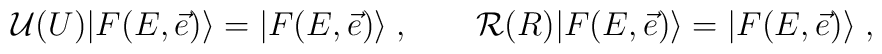
\mathcal U(U)|F(E,\vec{e})\rangle =|F(E,\vec{e})\rangle\;,\qquad\mathcal R(R)|F(E,\vec{e})\rangle =|F(E,\vec{e})\rangle\;,